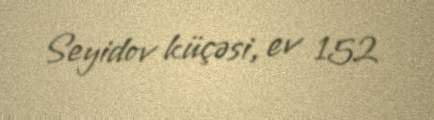
Seyidov küçəsi, ev 152